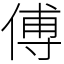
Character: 傅